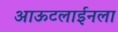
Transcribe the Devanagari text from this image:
आऊटलाईनला